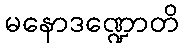
မနောဒဏ္ဍောတိ